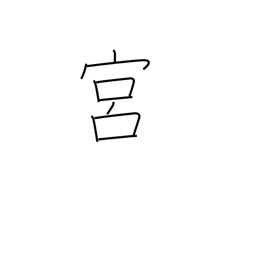
Meaning: constellations